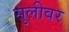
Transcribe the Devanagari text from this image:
सुलीवर